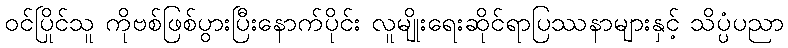
ဝင်ပြိုင်သူ ကိုဗစ်ဖြစ်ပွားပြီးနောက်ပိုင်း လူမျိုးရေးဆိုင်ရာပြဿနာများနှင့် သိပ္ပံပညာ